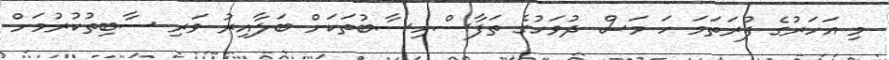
މި އަހަރުގެ ފުރަތަމަ ހަ މަސް ދުވަހުގެ ތަފާސްހިސާބުތަކަށް ބަލާއިރު ވަރި ސާބިތުކުރުމަށް